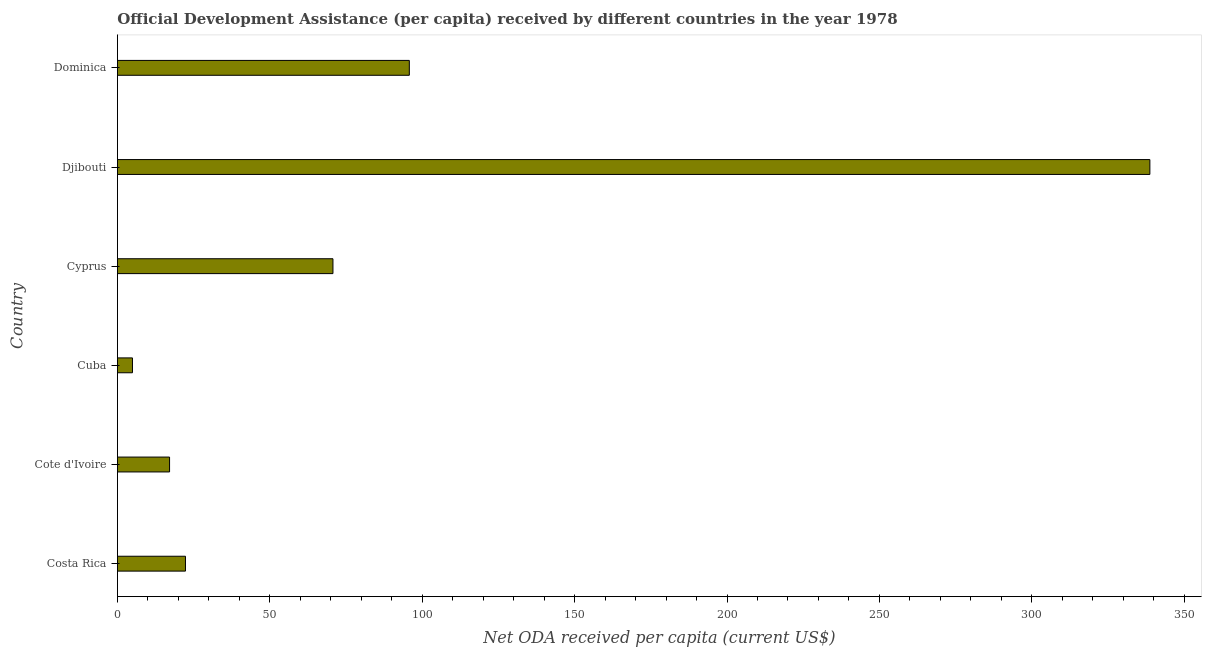
| Country | Net ODA received per capita |
 | --- | --- |
 | Costa Rica | 22.3 |
 | Cote d'Ivoire | 17.1 |
 | Cuba | 4.94 |
 | Cyprus | 70.7 |
 | Djibouti | 339 |
 | Dominica | 95.8 |